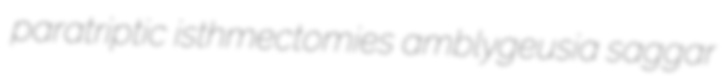
paratriptic isthmectomies amblygeusia saggar